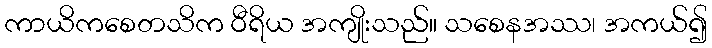
ကာယိကစေတသိက ဝီရိယ အကျိုးသည်။ သစေနအဿ၊ အကယ်၍